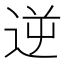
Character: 逆